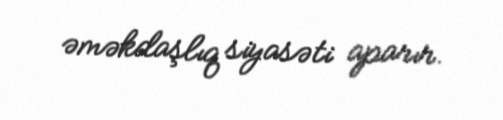
əməkdaşlıq siyasəti aparır.